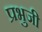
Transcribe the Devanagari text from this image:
प्रभुजी